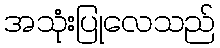
အသုံးပြုလေသည်